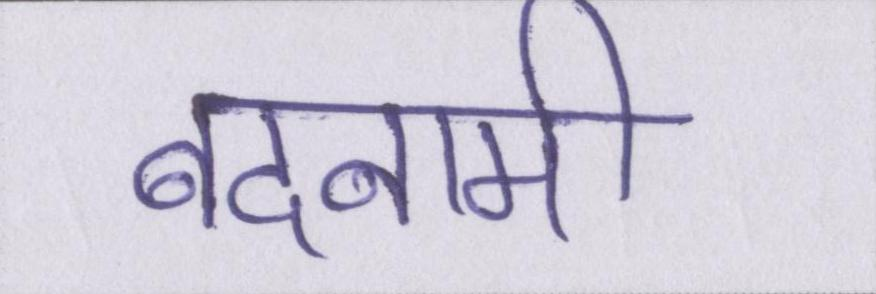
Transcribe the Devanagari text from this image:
बदनामी